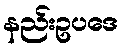
နည်းဥပဒေ